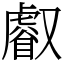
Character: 𠮏